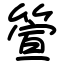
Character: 箮